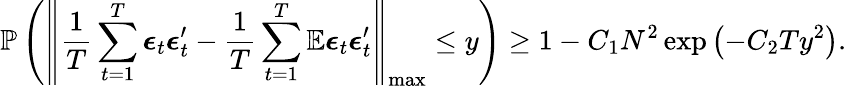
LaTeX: \mathbb{P}\left(\left\lVert\frac{1}{T}\sum_{t=1}^{T}\boldsymbol{\epsilon}_{t}\boldsymbol{\epsilon}_{t}^{\prime}-\frac{1}{T}\sum_{t=1}^{T}\mathbb{E}\boldsymbol{\epsilon}_{t}\boldsymbol{\epsilon}_{t}^{\prime}\right\rVert_{\operatorname*{max}}\leq y\right)\geq 1-C_{1}N^{2}\exp\left(-C_{2}Ty^{2}\right).